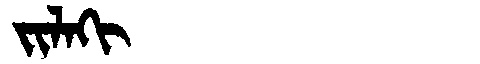
Manchu: ᠵᡳᠯᠠᡴᡳ
Romanization: JILAKI